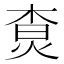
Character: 𤉲